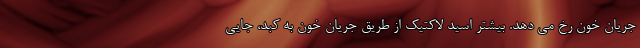
جریان خون رخ می دهد. بیشتر اسید لاکتیک از طریق جریان خون به کبد، جایی